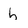
Character: h